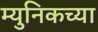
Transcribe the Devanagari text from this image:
म्युनिकच्या